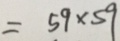
= 5 9 \times 5 9